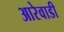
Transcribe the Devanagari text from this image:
आरेवाडी